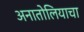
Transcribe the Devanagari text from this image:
अनातोलियाचा